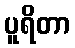
ပူရိတာ